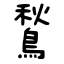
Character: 鶖